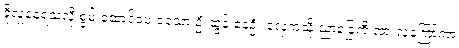
ခိုလှုံနေရသလို စွမ်းဆောင်ပေးခဲ့သော ဦးထွန်းနေဦး လှေကဲ့သို့ ညာခြေကို အားလူကြော်ကာ